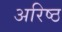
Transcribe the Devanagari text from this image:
अरिष्ठ